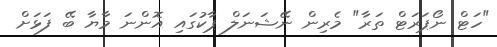
"ހަޓް ނޯޕަރަޓް ތަރާ" މެރިން ނޭޝަނަލް ޕާކުގައި އޮންނަ މާޔާ ބޭ ފަޅަށް